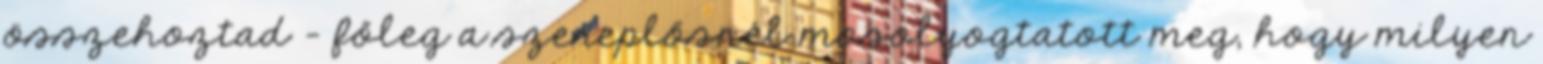
összehoztad - főleg a szereplősnél mosolyogtatott meg, hogy milyen